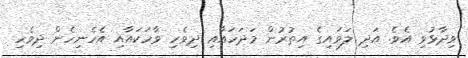
ވިދާޅުވި އެވެ. އަދި ލަވައިގެ އިތުރުން މަދަހައާއި ދިވެހި ވާހަކައާއި އެހެނިހެން ދިވެހި